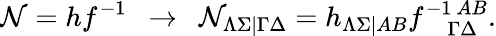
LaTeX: {\cal N}=hf^{-1}~~\rightarrow~~{\cal N}_{\Lambda\Sigma|\Gamma\Delta}=h_{\Lambda\Sigma|AB}f_{~~~~~\Gamma\Delta}^{-1~AB}.